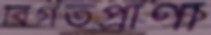
বিগতপ্রাণা